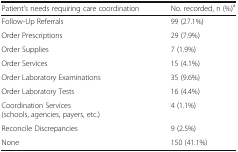
<table><thead><tr><td><b>Patient’s needs requiring care coordination</b></td><td><b>No. recorded, n (%)<sup>a</sup></b></td></tr></thead><tbody><tr><td>Follow-Up Referrals</td><td>99 (27.1%)</td></tr><tr><td>Order Prescriptions</td><td>29 (7.9%)</td></tr><tr><td>Order Supplies</td><td>7 (1.9%)</td></tr><tr><td>Order Services</td><td>15 (4.1%)</td></tr><tr><td>Order Laboratory Examinations</td><td>35 (9.6%)</td></tr><tr><td>Order Laboratory Tests</td><td>16 (4.4%)</td></tr><tr><td>Coordination Services (schools, agencies, payers, etc.)</td><td>4 (1.1%)</td></tr><tr><td>Reconcile Discrepancies</td><td>9 (2.5%)</td></tr><tr><td>None</td><td>150 (41.1%)</td></tr></tbody></table>